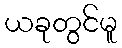
ယခုတွင်မူ